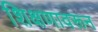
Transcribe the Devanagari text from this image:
शिक्षणावरून